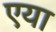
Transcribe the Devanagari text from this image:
एया